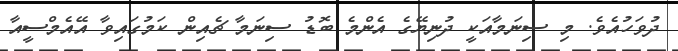
ދުވަހުއެވެ. މި ސިނަމާއަކީ ދުނިޔޭގެ އެންމެ ބޮޑު ސިނަމާ ޗެއިން ކަމުގައިވާ އޭއެމްސީއާ